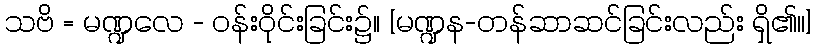
သဗိ = မဏ္ဍလေ - ဝန်းဝိုင်းခြင်း၌။ [မဏ္ဍန-တန်ဆာဆင်ခြင်းလည်း ရှိ၏၊၊]